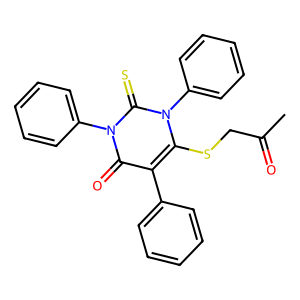
SMILES: CC(=O)CSc1c(-c2ccccc2)c(=O)n(-c2ccccc2)c(=S)n1-c1ccccc1
Inhibits HIV replication: No